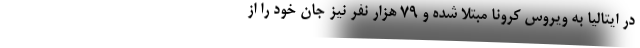
در ایتالیا به ویروس کرونا مبتلا شده و ۷۹ هزار نفر نیز جان خود را از